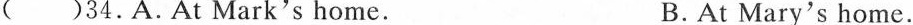
( )34.A.At Mark's home. B.At Mary's home.